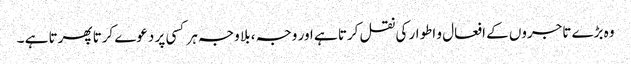
وہ بڑے تاجروں کے افعال و اطوار کی نقل کرتا ہے اور وجہ ، بلا وجہ ہر کسی پر دعوے کرتا پھرتا ہے ۔